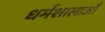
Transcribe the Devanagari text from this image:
धर्मशालाऔं